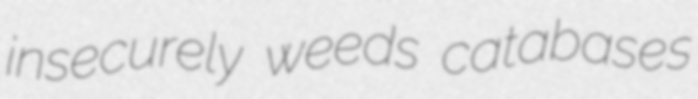
insecurely weeds catabases